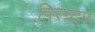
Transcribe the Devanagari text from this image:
पिरन्टर